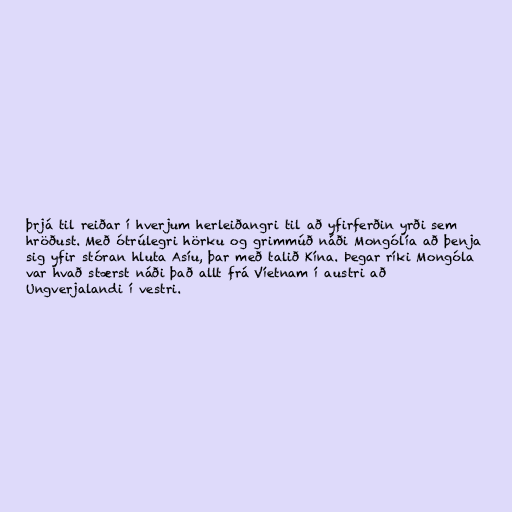
þrjá til reiðar í hverjum herleiðangri til að yfirferðin yrði sem
hröðust. Með ótrúlegri hörku og grimmúð náði Mongólía að þenja
sig yfir stóran hluta Asíu, þar með talið Kína. Þegar ríki Mongóla
var hvað stærst náði það allt frá Víetnam í austri að
Ungverjalandi í vestri.